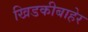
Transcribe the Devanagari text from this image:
खिडकीबाहेर